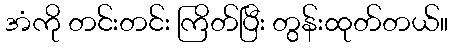
အံကို တင်းတင်း ကြိတ်ပြီး တွန်းထုတ်တယ်။